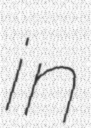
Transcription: in